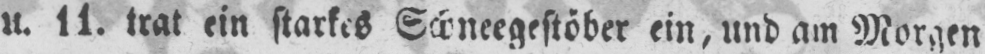
u. 11. trat ein starkes Schneegestöber ein, und am Morgen